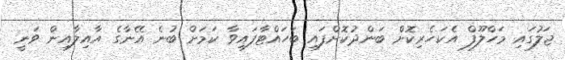
ޖަލުގައި މަހްލޫފް އެކަހެރިކޮށް ބަންދުކޮށްފައި ބަހައްޓާފައިވާ ކަމަށް ބުނެ އޭނާގެ އާއިލާއިން ވަނީ